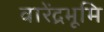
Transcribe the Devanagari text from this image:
वारेंद्रभूमि